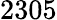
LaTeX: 2305